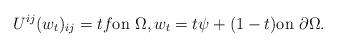
LaTeX: \begin{align*} U^{ij} (w_t)_{ij} = tf \textrm{on } \Omega, w_t=t\psi + (1-t) \textrm{on } \partial \Omega.\end{align*}